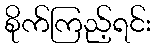
စိုက်ကြည့်ရင်း